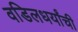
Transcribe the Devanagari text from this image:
वडिलधर्यांची